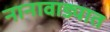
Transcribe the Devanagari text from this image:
नानावाड्यात